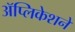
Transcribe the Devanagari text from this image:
ॲप्लिकेशने